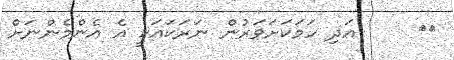
٤٣     އަދި ހަމަކަށަވަރުން ނަރަކައަކީ އެ އެންމެންނަށް